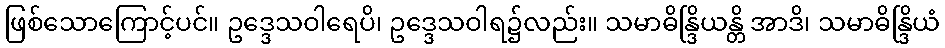
ဖြစ်သောကြောင့်ပင်။ ဥဒ္ဒေသဝါရေပိ၊ ဥဒ္ဒေသဝါရ၌လည်း။ သမာဓိန္ဒြိယန္တိ အာဒိ၊ သမာဓိန္ဒြိယံ